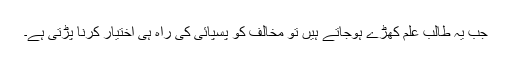
جب یہ طالب علم کھڑے ہوجاتے ہیں تو مخالف کو پسپائی کی راہ ہی اختیار کرنا پڑتی ہے۔